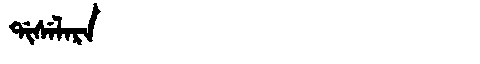
Manchu: ᡩᡳᠰᡝᠯᠠᡵᠠ
Romanization: DISELARA